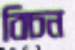
বিচন